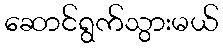
ဆောင်ရွက်သွားမယ်